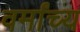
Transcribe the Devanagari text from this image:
वर्मांच्य